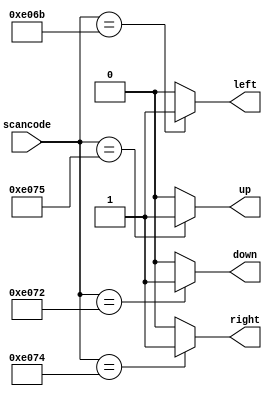
// problem : https://hdlbits.01xz.net/wiki/Always_nolatches

// synthesis verilog_input_version verilog_2001
module top_module (
    input [15:0] scancode,
    output reg left,
    output reg down,
    output reg right,
    output reg up  );
    always@* begin
        up = 1'b0;
        down = 1'b0;
        left = 1'b0;
        right = 1'b0;
        case(scancode)
            16'he06b : left=1;
            16'he072 : down=1;
            16'he074 : right=1;
            16'he075 : up=1;
            default : ;
        endcase
    end
endmodule